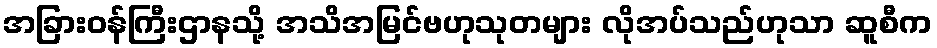
အခြားဝန်ကြီးဌာနသို့ အသိအမြင်ဗဟုသုတများ လိုအပ်သည်ဟုသာ ဆူစီက